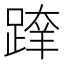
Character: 𨂨